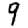
Digit: 9